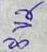
Text: 8V2